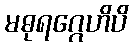
မဓုရဂ္ဂေဟိပိ